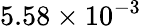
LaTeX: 5.58\times 10^{-3}